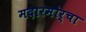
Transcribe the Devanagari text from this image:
मदारमोर्चा